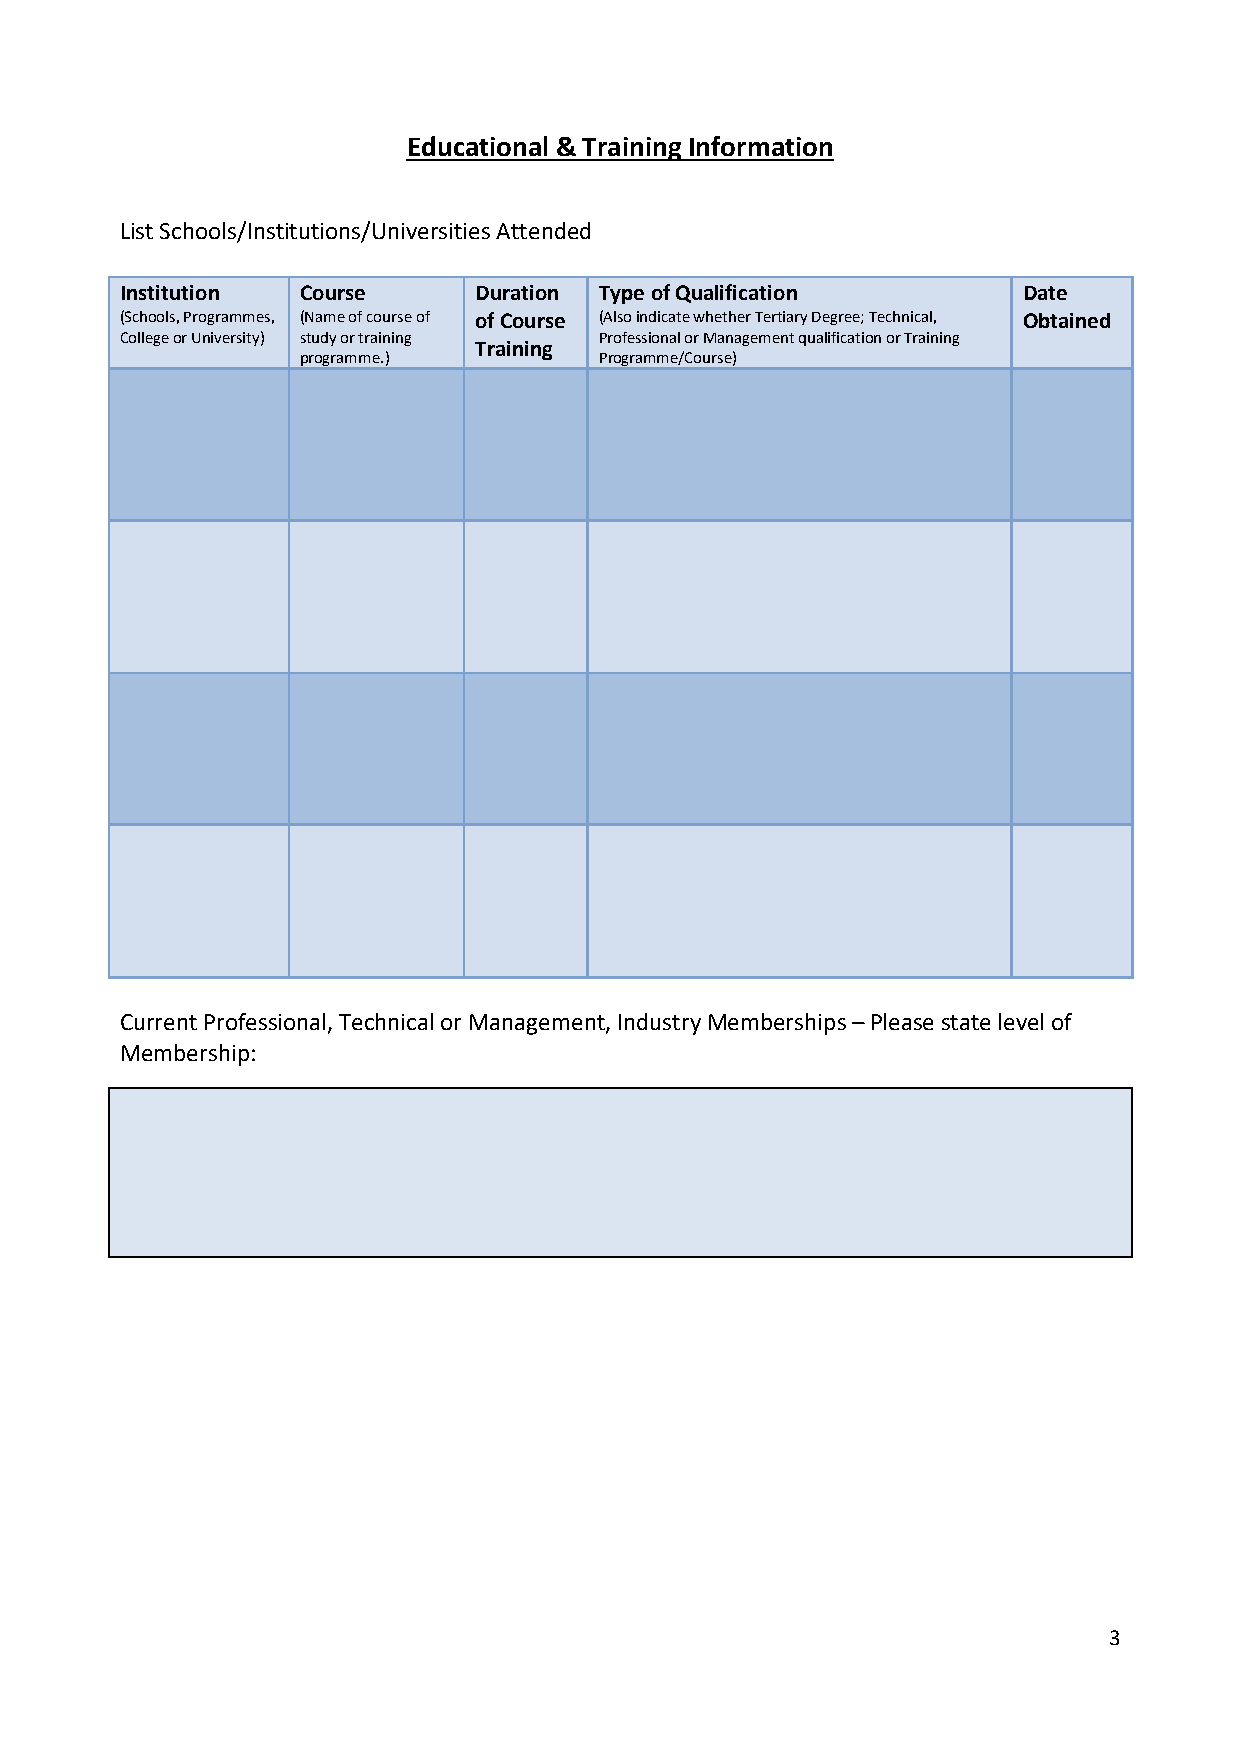
Educational & Training Information
 List Schools/Institutions/Universities Attended
 Institution Course     Duration Type of Qualification       Date
 (Schools, Programmes, (Name of course of of Course (Also indicate whether Tertiary Degree; Technical, Obtained
 College or University) study or training Professional or Management qualification or Training
 Training
 programme.)         Programme/Course)
 Current Professional, Technical or Management, Industry Memberships – Please state level of
 Membership:
 3